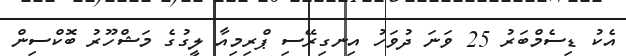
އެކު ޑިސެމްބަރު 25 ވަނަ ދުވަހު އިނގިރޭސި ޕްރިމިއާ ލީގުގެ މަޝްހޫރު ބޮކްސިން